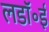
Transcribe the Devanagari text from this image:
लडॉ॰ई